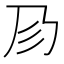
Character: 𢒀